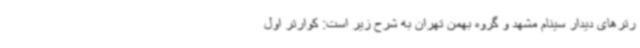
رترهای دیدار سینام مشهد و گروه بهمن تهران به شرح زیر است: کوارتر اول